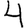
Digit: 4